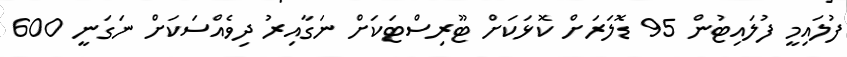
ފުލައިމީ ފުލައިޓުން 95 ޑޮލަރަށް ކޮޅަކަށް ޓޫރިސްޓަކަށް ނަގާއިރު ދިވެއްސަކަށް ނަގަނީ 600